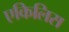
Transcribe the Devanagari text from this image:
एकिलिस